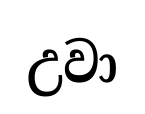
උවා